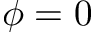
\phi = 0